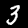
Label: 3